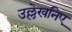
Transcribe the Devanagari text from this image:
उल्लेखनिए